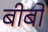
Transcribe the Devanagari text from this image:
बीबो